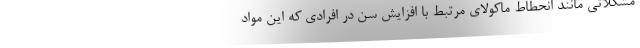
مشکلاتی مانند انحطاط ماکولای مرتبط با افزایش سن در افرادی که این مواد